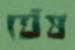
ঘেঁষ